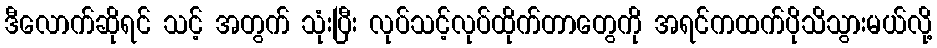
ဒီလောက်ဆိုရင် သင့် အတွက် သုံးပြီး လုပ်သင့်လုပ်ထိုက်တာတွေကို အရင်ကထက်ပိုသိသွားမယ်လို့